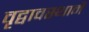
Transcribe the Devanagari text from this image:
वृद्वावस्थामें